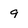
Character: g